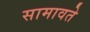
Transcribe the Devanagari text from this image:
सामावते